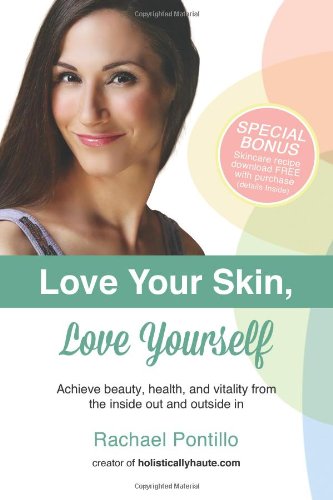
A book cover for Love Your Skin, Love Yourself: Achieving Beauty, Health, and Vitality from the Inside Out and Outside In; Rachael Pontillo; Health, Fitness & Dieting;